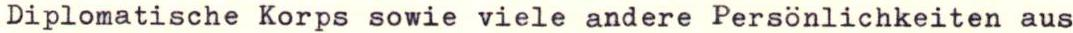
Diplomatische Korps sowie viele andere Persönlichkeiten aus